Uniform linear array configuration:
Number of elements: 12
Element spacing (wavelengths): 0.75
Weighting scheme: uniform
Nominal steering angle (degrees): -60
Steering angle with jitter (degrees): -59.397
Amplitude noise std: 0.05
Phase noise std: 0.05

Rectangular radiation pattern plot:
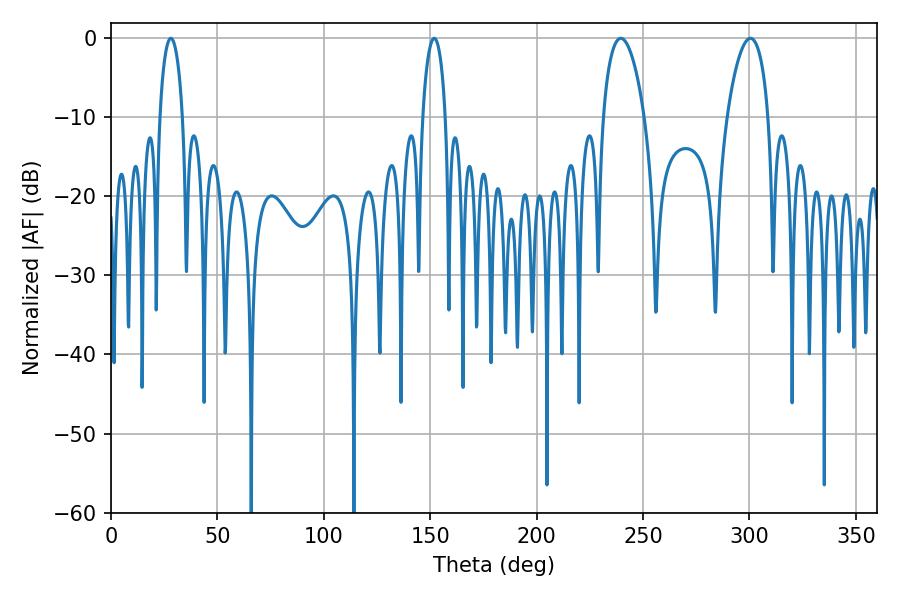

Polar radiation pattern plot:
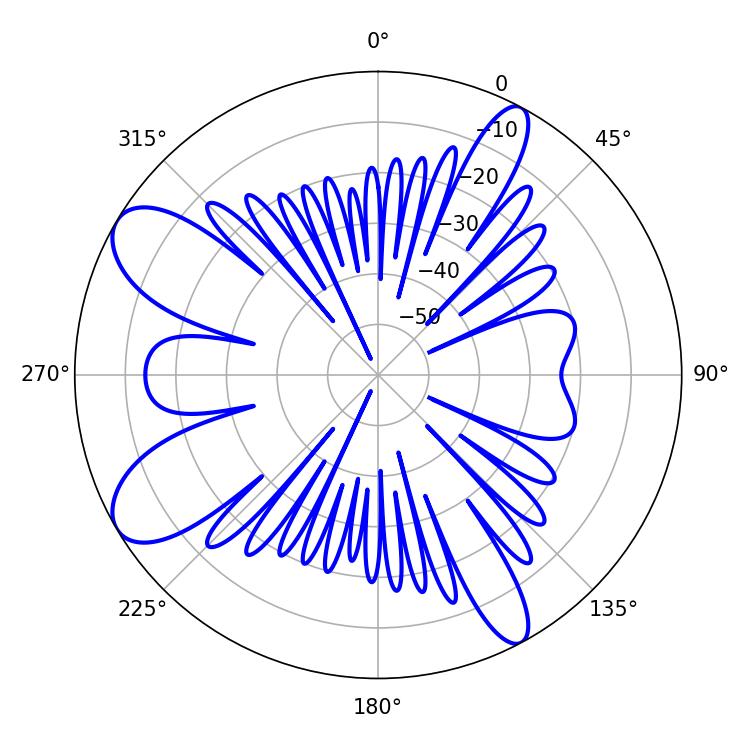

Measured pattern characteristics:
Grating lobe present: TRUE
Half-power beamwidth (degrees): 10.98
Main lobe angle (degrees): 239.58